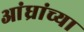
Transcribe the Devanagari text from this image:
आंध्रांच्या